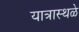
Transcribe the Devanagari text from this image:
यात्रास्थळे